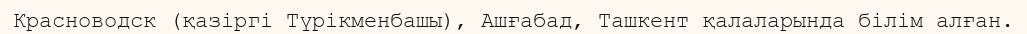
Красноводск (қазіргі Түрікменбашы), Ашғабад, Ташкент қалаларында білім алған.